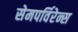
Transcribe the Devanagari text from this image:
सेमपर्विरेन्स